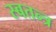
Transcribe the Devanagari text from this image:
स्बतन्त्र